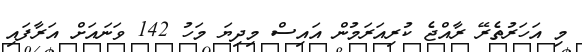
މި އަހަރުތެރޭ ރާއްޖެ ކުރިއަރަމުން އައިސް މިދިޔަ މަހު 142 ވަނައަށް އަރާފައި